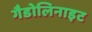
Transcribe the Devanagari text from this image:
गैडोलिनाइट